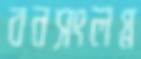
বনসংলগ্ন